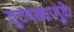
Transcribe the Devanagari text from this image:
तुटवड्यामुळे